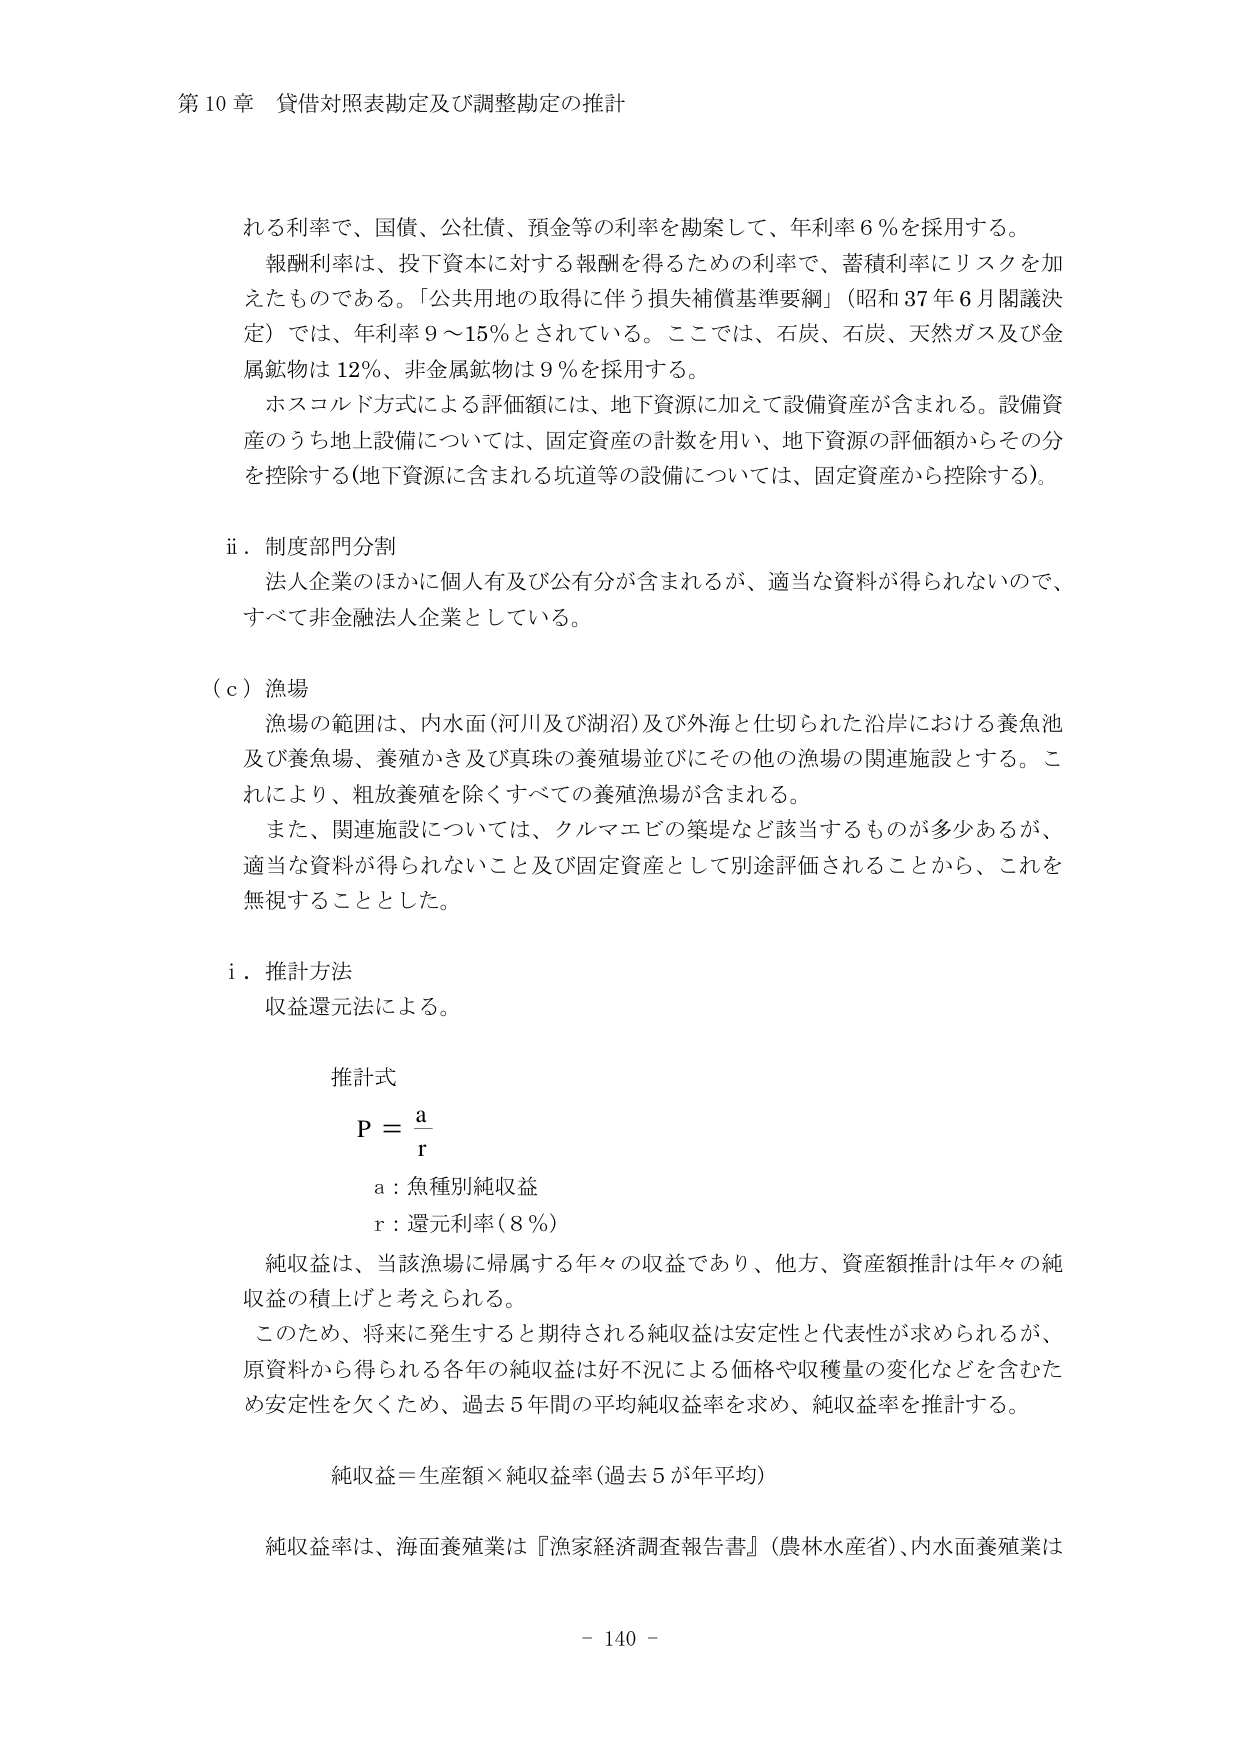
第10章 貸借対照表勘定及び調整勘定の推計

れる利率で、国債、公社債、預金等の利率を勘案して、年利率6％を採用する。
報酬利率は、投下資本に対する報酬を得るための利率で、蓄積利率にリスクを加えたものである。「公共用地の取得に伴う損失補償基準要綱」（昭和37年6月閣議決定）では、年利率9～15％とされている。ここでは、石炭、石炭、天然ガス及び金属鉱物は12％、非金属鉱物は9％を採用する。
ホスコルド方式による評価額には、地下資源に加えて設備資産が含まれる。設備資産のうち地上設備については、固定資産の計数を用い、地下資源の評価額からその分を控除する（地下資源に含まれる坑道等の設備については、固定資産から控除する）。

ii．制度部門分割
法人企業のほかに個人有及び公有分が含まれるが、適当な資料が得られないのでは、すべて非金融法人企業としている。

（c）漁場
漁場の範囲は、内水面（河川及び湖沼）及び外海と仕切られた沿岸における養魚池及び養魚場、養殖かき及び真珠の養殖場並びにその他の漁場の関連施設とする。これにより、粗放養殖を除くすべての養殖漁場が含まれる。
また、関連施設については、クルマエビの築堤など該当するものが多いあるが、適当な資料が得られないこと及び固定資産として別途評価されることから、これを無視することとした。

i．推計方法
収益還元法による。

推計式
P = a/r
a：魚種別純収益
r：還元利率（8％）

純収益は、当該漁場に帰属する年々の収益であり、他方、資産額推計は年々の純収益の積上げと考えられる。
このため、将来に発生すると期待される純収益は安定性と代表性が求められるが、原資料から得られる各年の純収益は好不況による価格や収穫量の変化などを含むため安定性を欠くため、過去5年間の平均純収益率を求め、純収益率を推計する。

純収益＝生産額×純収益率（過去5が年平均）

純収益率は、海面養殖業は『漁家経済調査報告書』（農林水産省）、内水面養殖業は

- 140 -